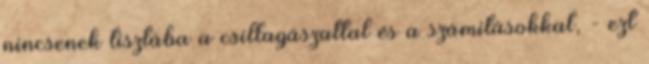
nincsenek tisztába a csillagászattal és a számításokkal, - ezt